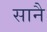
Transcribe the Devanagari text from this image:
सानै